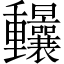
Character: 𨤼